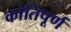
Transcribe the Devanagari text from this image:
कांतिपूर्ण